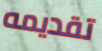
تقديمه